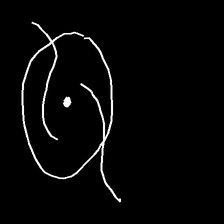
Glyph: repetition